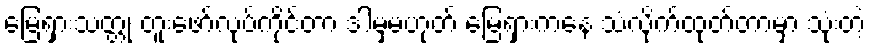
မြေရှားသတ္တု တူးဖော်လုပ်ကိုင်တာ ဒါမှမဟုတ် မြေရှားကနေ သံလိုက်ထုတ်တာမှာ သုံးတဲ့